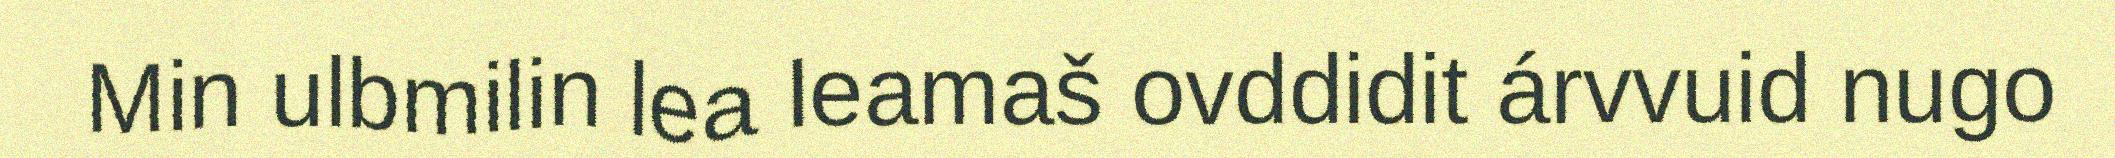
Min ulbmilin lea leamaš ovddidit árvvuid nugo